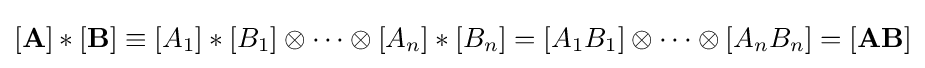
\left[\mathbf {A} \right]\ast \left[\mathbf {B} \right]\equiv \left[A_{1}\right]\ast \left[B_{1}\right]\otimes \cdots \otimes \left[A_{n}\right]\ast \left[B_{n}\right]=\left[A_{1}B_{1}\right]\otimes \cdots \otimes \left[A_{n}B_{n}\right]=\left[\mathbf {AB} \right]